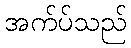
အက်ပ်သည်